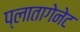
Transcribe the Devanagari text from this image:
प्लातागेनेट